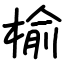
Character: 榆